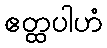
ဧတ္ထပါဟံ